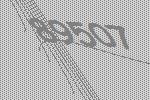
89507